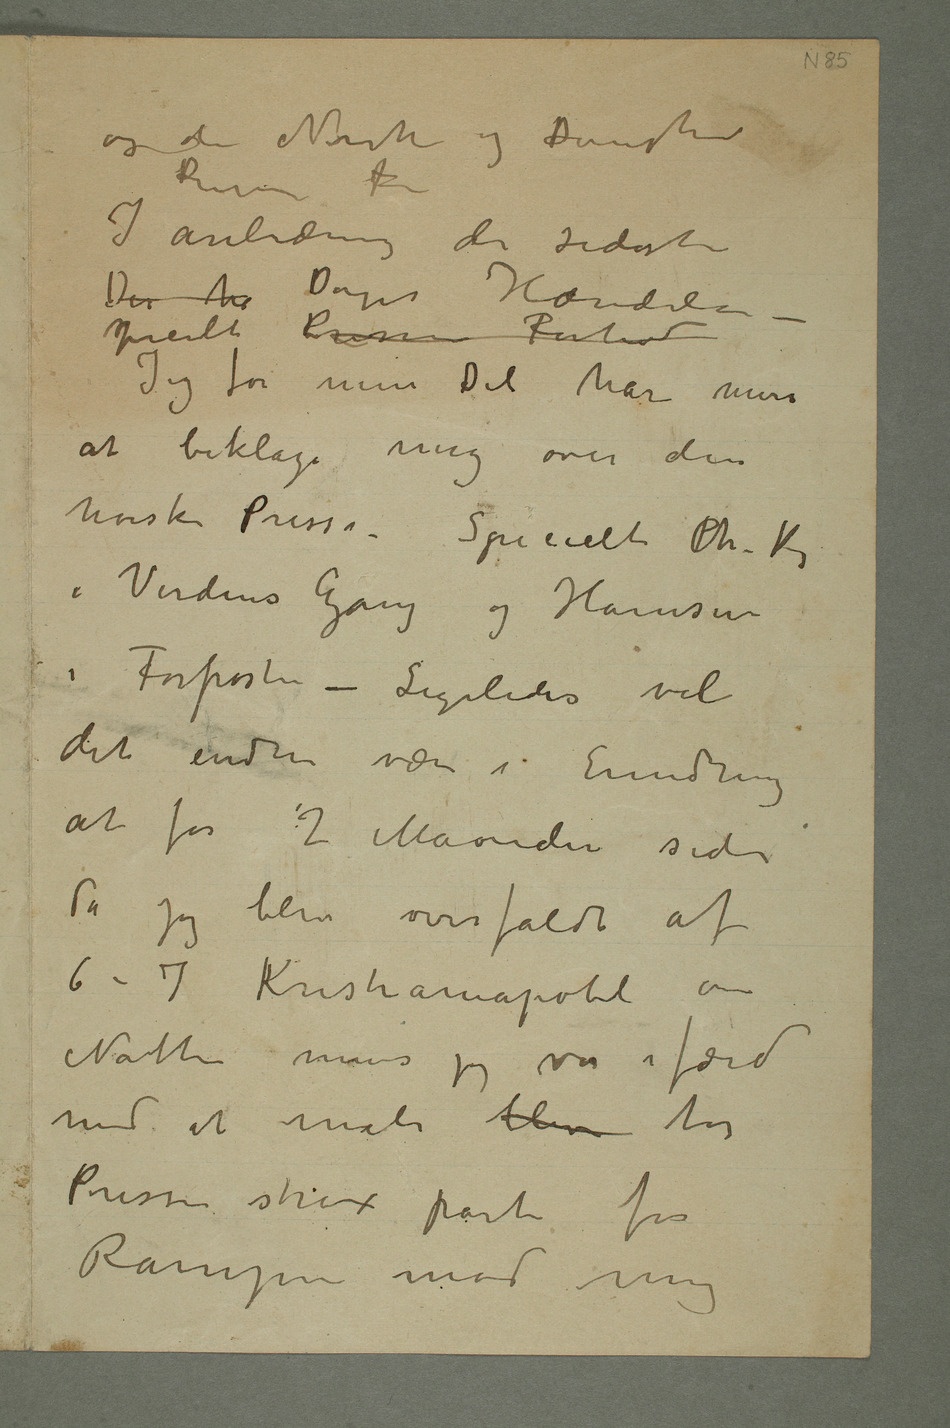
og den Norske og Danske
I anledning de sidste
Der h Dages Hændelser –
Jeg for min Del har mere
at beklage mig over den
Norske Presse – Specielt Ch. Krog
i Verdens Gang og Hamsun
i Forposten – Ligeledes vil
det endnu være i Erindring
at for 2 Maander siden
da jeg blev overfaldt af
Natten mens jeg var i færd
med at male blev tar
Pressen strax parti for
Rampen mod mig